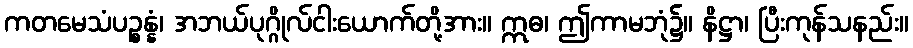
ကတမေသံပဉ္စန္နံ၊ အဘယ်ပုဂ္ဂိုလ်ငါးယောက်တို့အား။ ဣဓ၊ ဤကာမဘုံ၌။ နိဋ္ဌာ၊ ပြီးကုန်သနည်း။